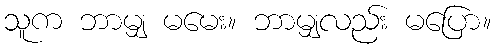
သူက ဘာမျှ မမေး။ ဘာမျှလည်း မပြော။